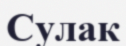
Сулак